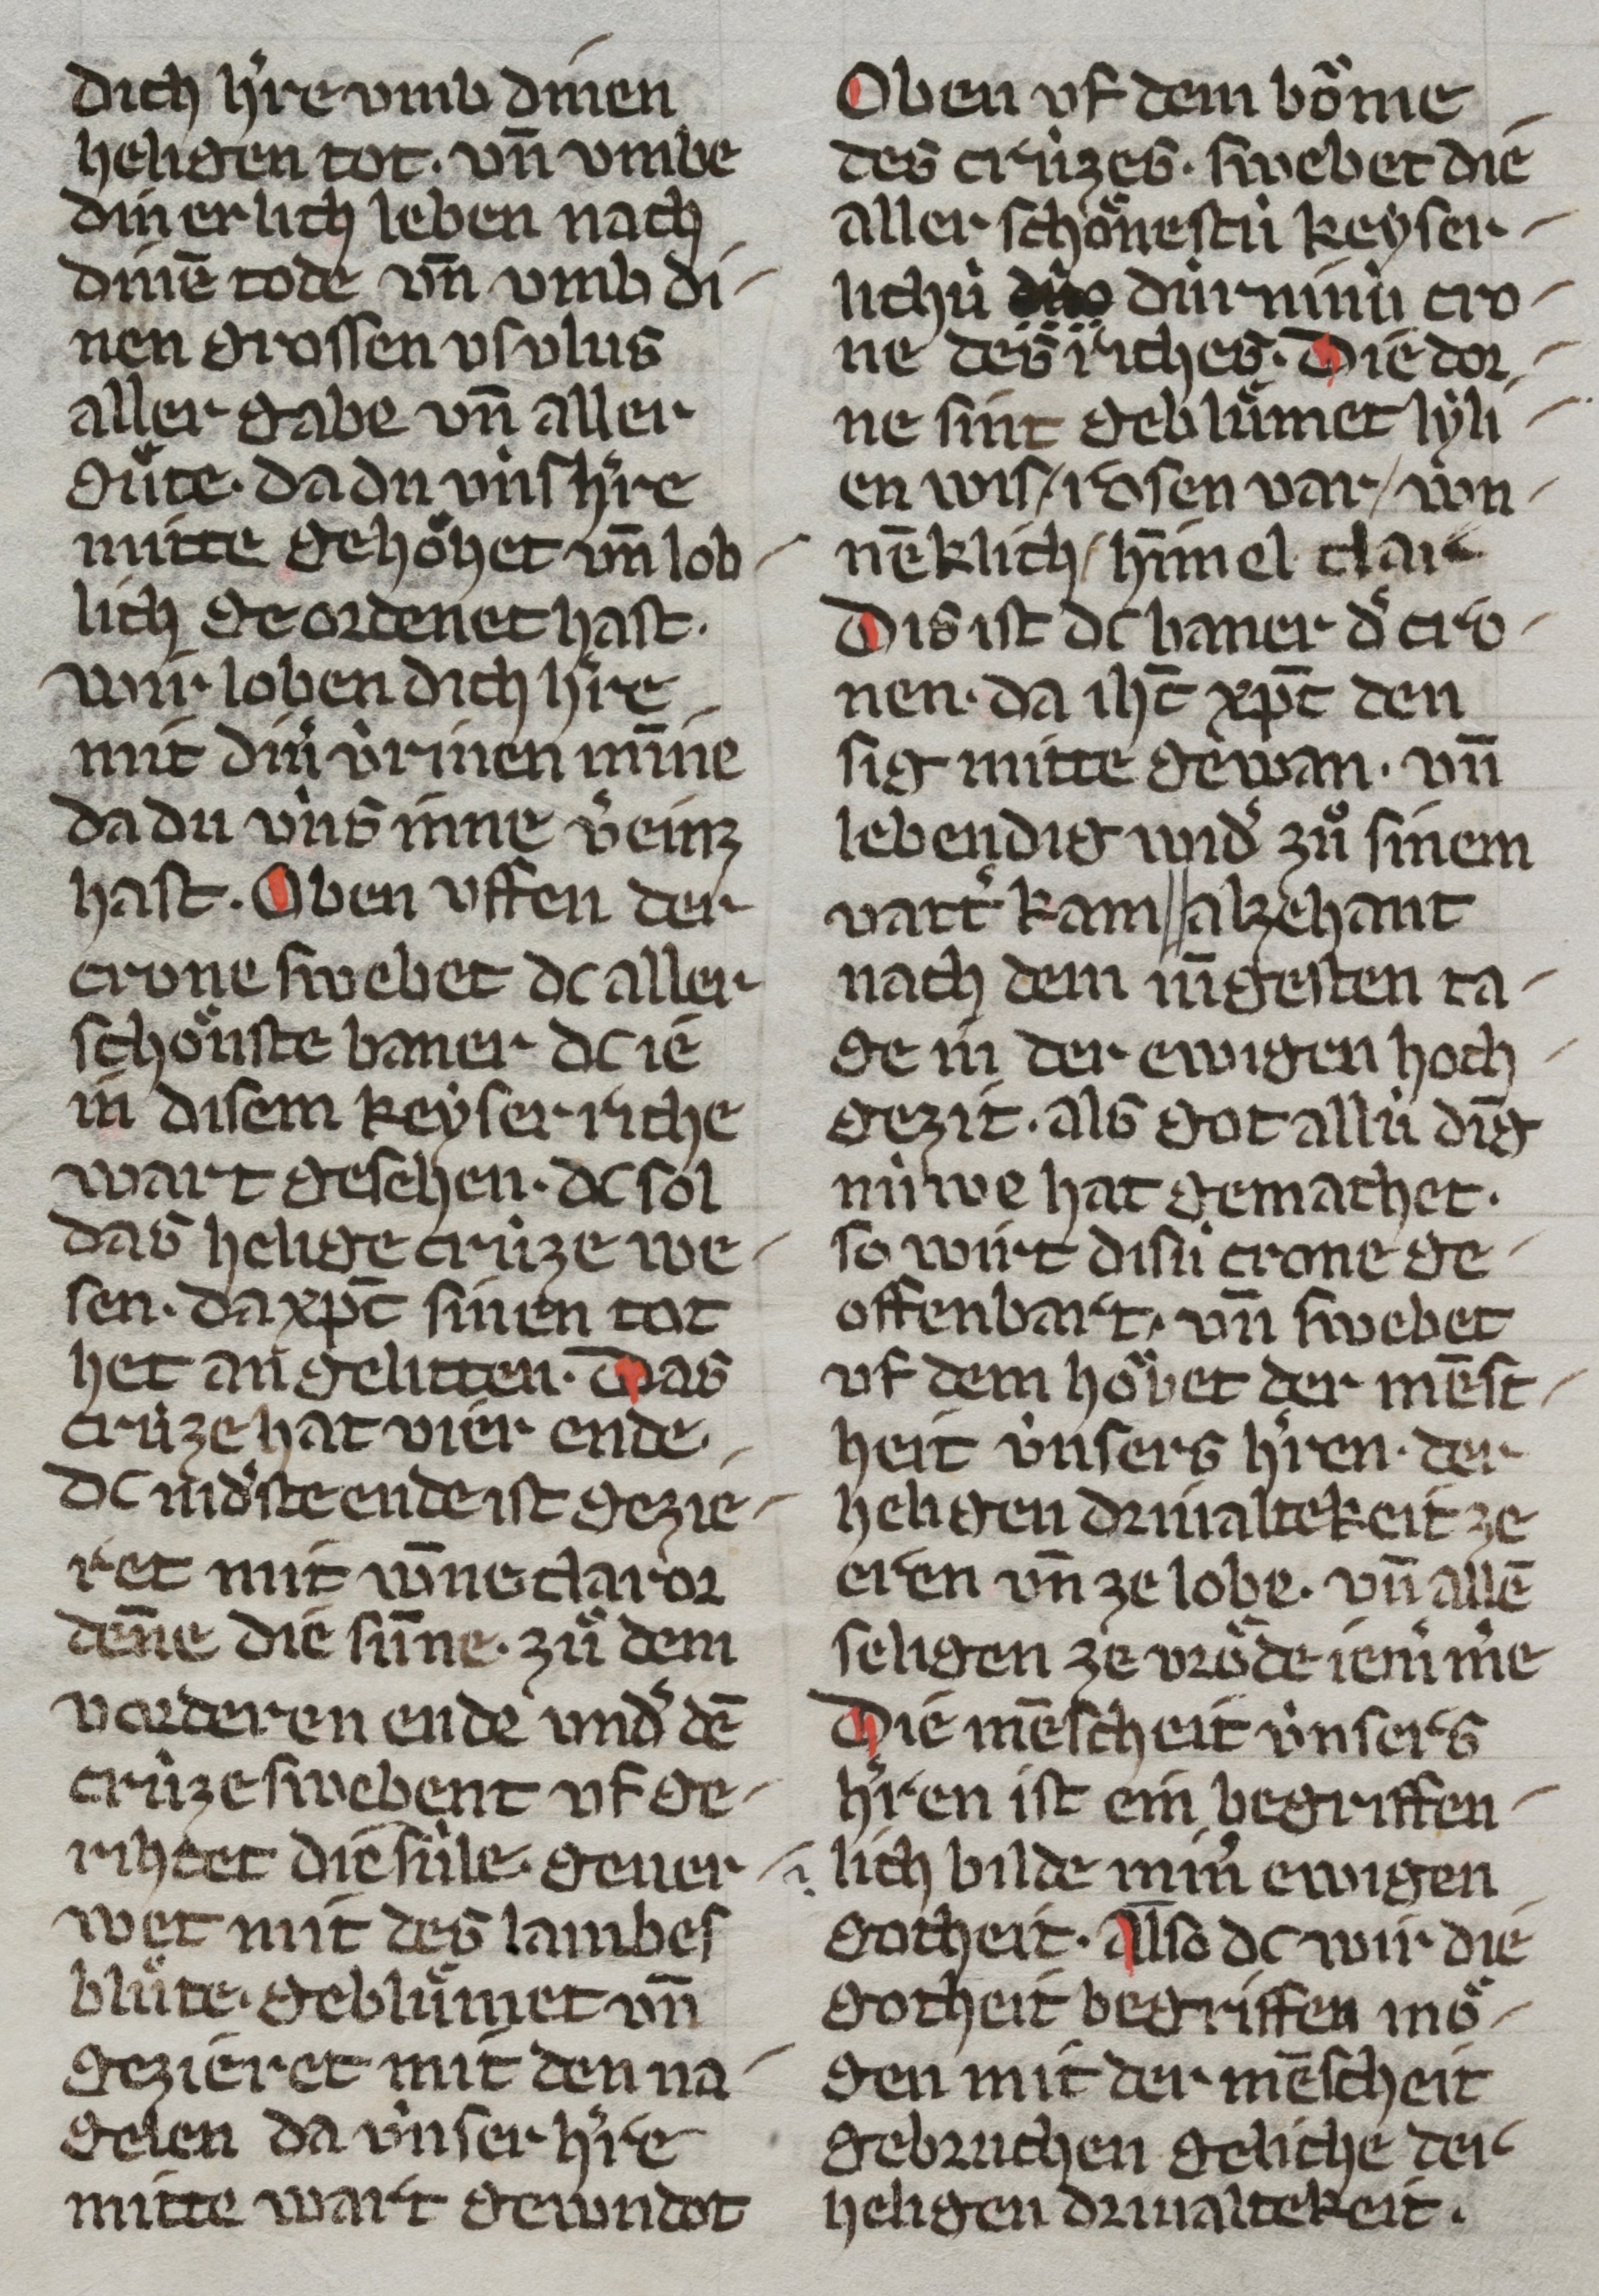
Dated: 1350–1374